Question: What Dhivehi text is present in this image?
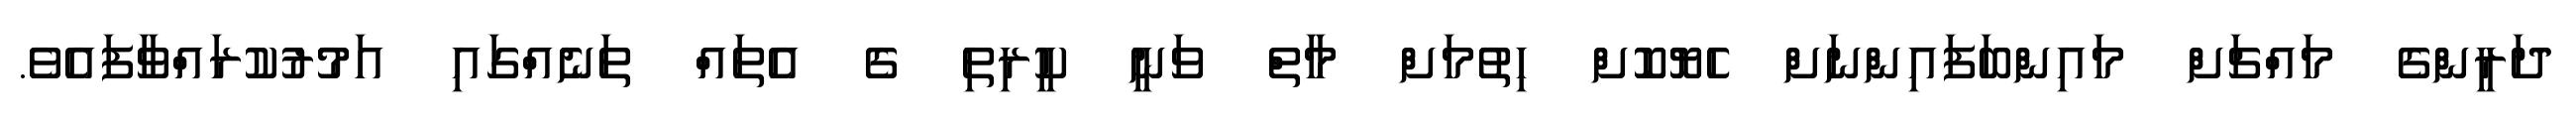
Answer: ދަރީންގެ މައްޗަށް މައިންބަފައިންނަށް ހެޔޮކޮށް ހިތުމަށް މާތް ވަނީ ކީރިތި ގެ އެތައް ތަނެއްގައި އަމުރުކުރައްވާފައެވެ.